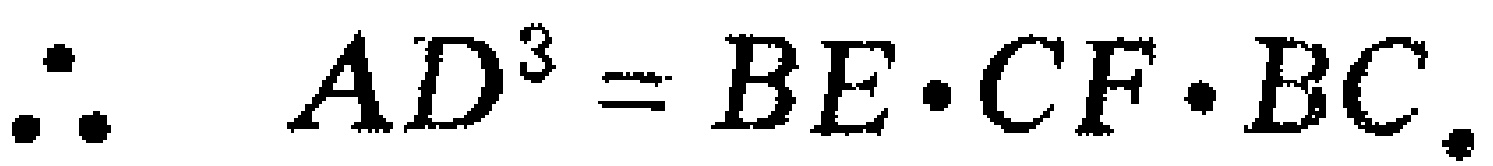
\(\therefore AD^{3}=BE\cdot CF\cdot BC.\)